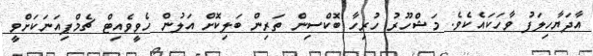
އާދަޔާހިލަފު ވާހަކައެކެވެ. މަޝްހޫރު ހުރިހާ ބޮކްސިން ތަރިން ބަލިކޮށް އަލުން ހެވީވެއިޓް ޗެމްޕިއަނަކަށްވީ